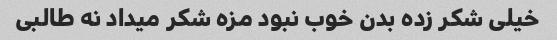
خیلی شکر زده بدن خوب نبود مزه شکر میداد نه طالبی